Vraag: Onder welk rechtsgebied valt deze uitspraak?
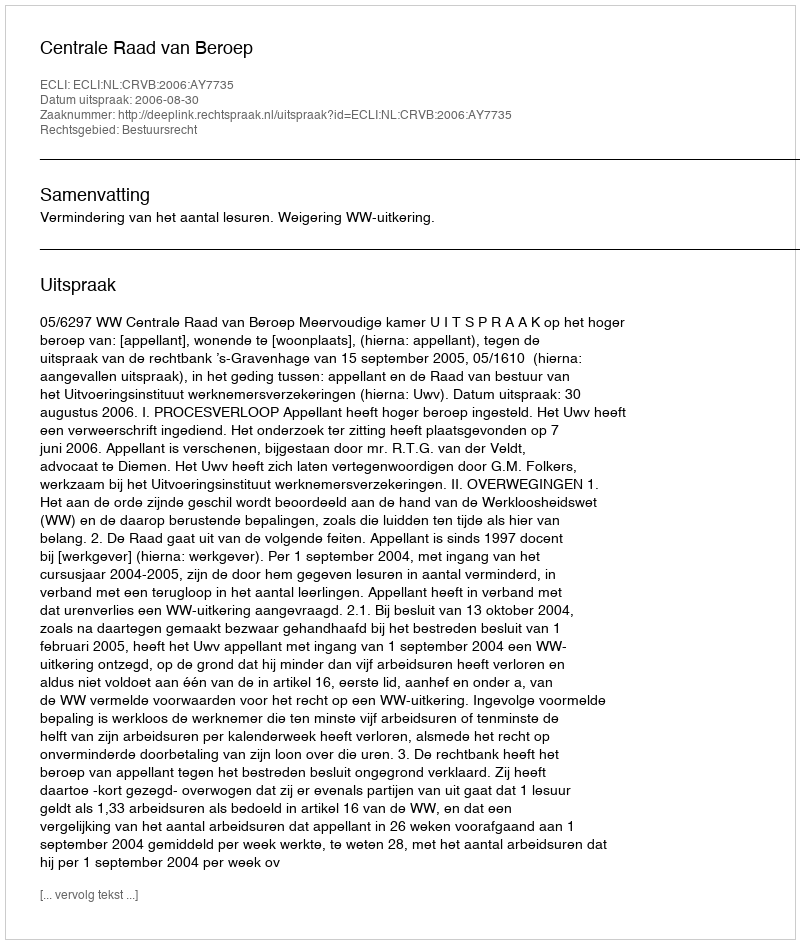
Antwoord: Bestuursrecht